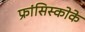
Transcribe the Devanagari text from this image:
फ्रांसिस्कोके